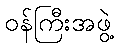
ဝန်ကြီးအဖွဲ့